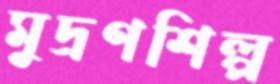
মুদ্রণশিল্প